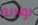
بولاية